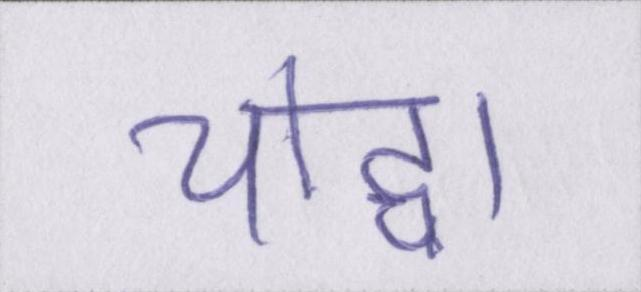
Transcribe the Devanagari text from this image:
योद्धा